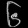
Digit: ၆